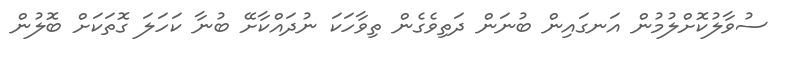
ސުވާލުކޮށްލުމުން އަނގައިން ބުނަން ދަތިވެގެން ތިވާހަކަ ނުދައްކާށޭ ބުނާ ކަހަލަ ގޮތަކަށް ބޮލުން